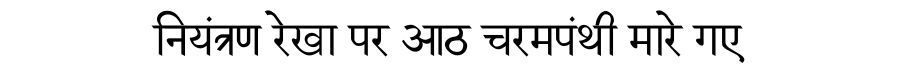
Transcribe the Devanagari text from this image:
नियंत्रण रेखा पर आठ चरमपंथी मारे गए